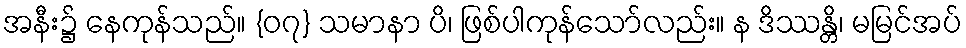
အနီး၌ နေကုန်သည်။ {၀၇} သမာနာ ပိ၊ ဖြစ်ပါကုန်သော်လည်း။ န ဒိဿန္တိ၊ မမြင်အပ်